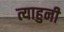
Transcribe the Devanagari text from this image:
त्याहुनी